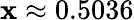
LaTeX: \mathbf{x}\approx0.5036